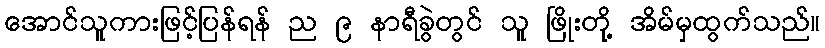
အောင်သူကားဖြင့်ပြန်ရန် ည ၉ နာရီခွဲတွင် သူ ဖြိုးတို့ အိမ်မှထွက်သည်။